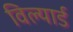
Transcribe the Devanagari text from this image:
विल्यार्ड